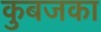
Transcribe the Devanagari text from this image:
कुबजका